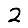
Digit: 2